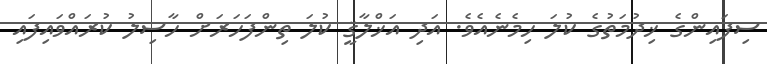
ސިފައިންގެ ޚިދުމަތުގެ ކުލަ ހިމެނެއެވެ. އަދި އަޚްލާޤީ ކުލަ ތިންފަހަރަށް ހާސިލު ކުރައްވައިފައި